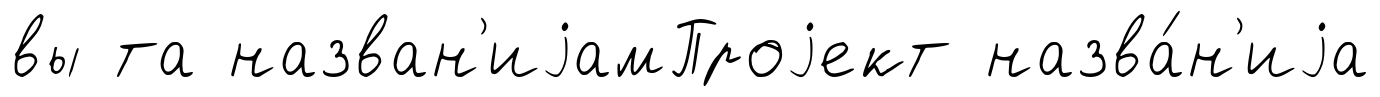
вы та назван'иjамПроjект назва́н'иjа